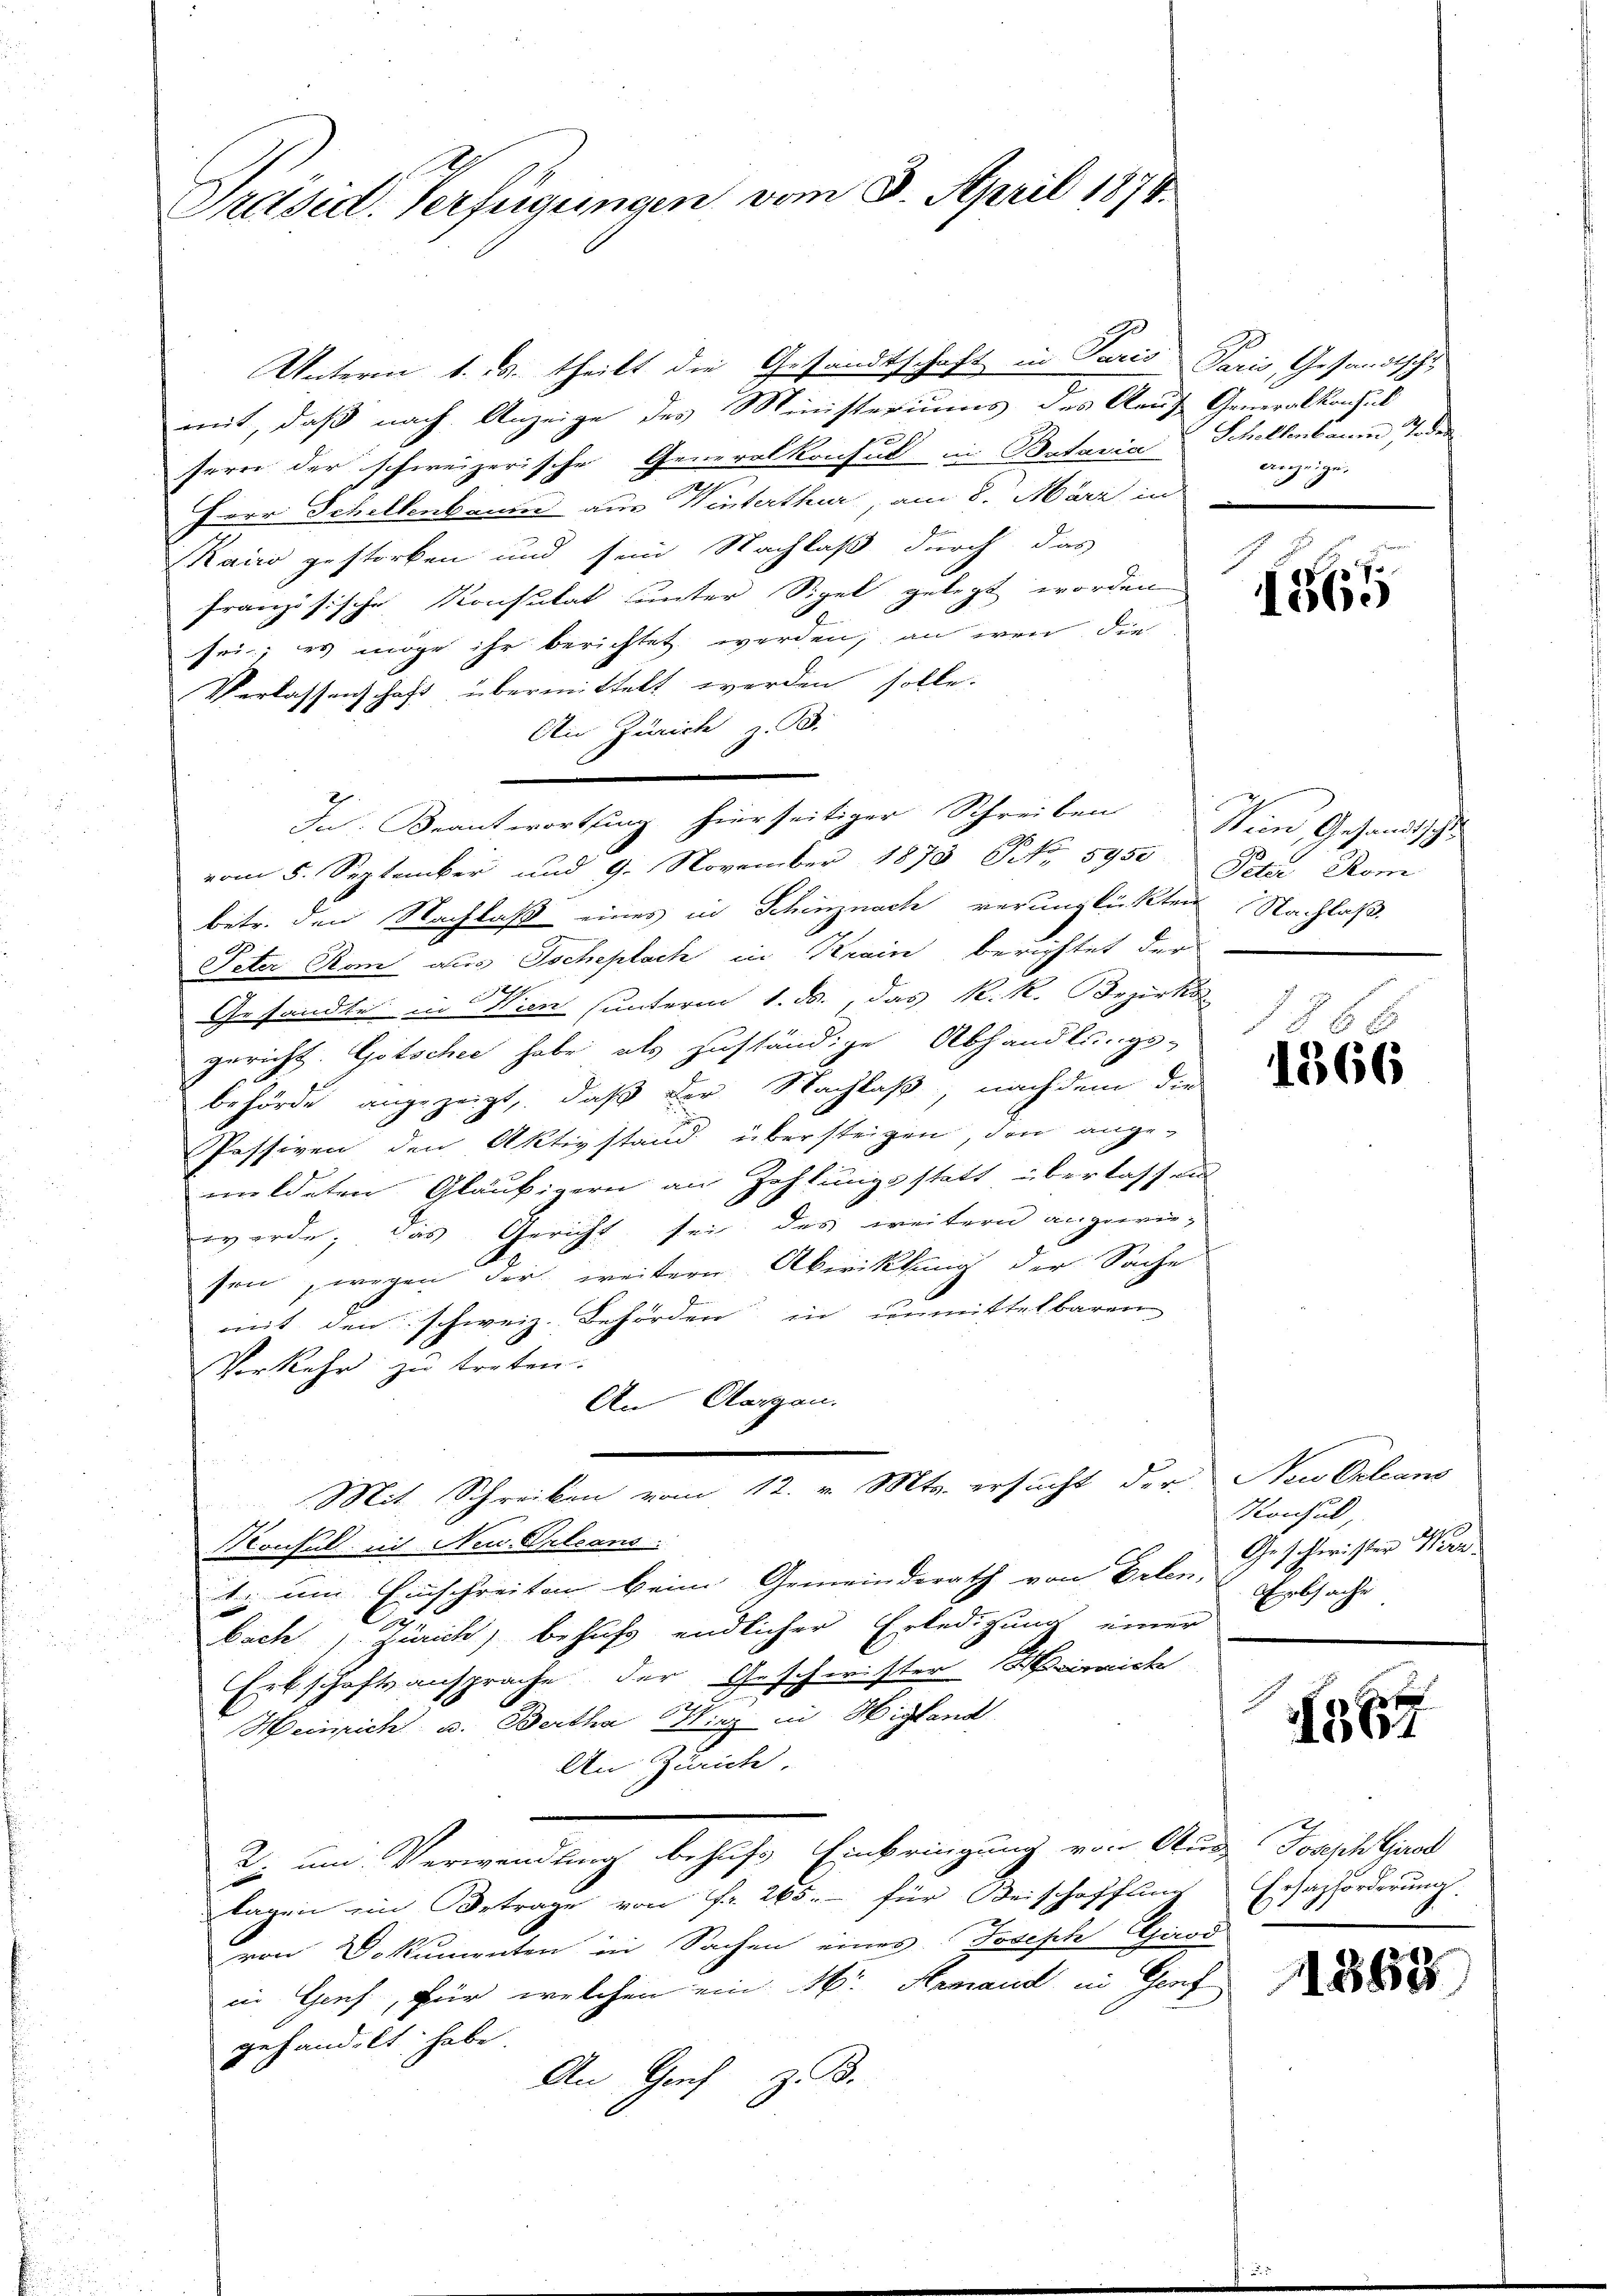
Präsid. Verfügungen vom 8. April 1878.

Unterm 1. ds. theilt die Gesandtschaft in Paris Paris, Gesandtschu
mit, daß nach Anzeige des Ministeriums des Aauf Generalkonsul
sere der schweizerische Generalkonsul in Batavia Scholtenbaum Todes
Herr Schellenbaum aus Winterthur, am 8. März in
Kairo gestorben und sein Nachlaß durch das
französische Konsulat unter Sigel gelegt worden
sei; es möge ihr berichtet werden, an wen die
Verlassenschaft übermittelt worden solle.
An Zürich z. B.
vom 5. September und 9. November 1875 N. 5950 Paz Rom
betr. den Nachlaß eines in Schinznach verunglückten Nachlaß
Peter Rom aus Jocheplach in Krain berichtet der
Gesandte in Wien (unterm 1. ds., das R. R. Bezirks
gericht. Gotscher habe als zuständige Abhandlungs-
behörde angezeigt, daß der Nachlaß, nachdem die
Passiven den Aktivstand übersteigen, den ange-
mildeten Gläubigern an Zahlungsstatt überlassen
werde; das Gericht sei des weitern angewie-
sen, wegen der weitere Abwicklung der Sache
mit den schweiz. Behörden in unmittelbaren
Verkehr zu treten.
An Aargau.
Mit Schreiben vom 12. v. Mts. ersucht der Neu Orleans
Konsul mit Neu-Orleans
1. um Einschreiten beim Gemeinderath von Erlen,
e
bach Zürich, behufs endlicher Erledigung einer
Erbschaftsansprache der Geschwister rich
Heinrich u. Bertha Wirz in Higland
An Zürich
2. um Verwendung behufs Einbringung von Aus Joseph Grod
lagen im Betrage von Fr. 265.- für Beischaffung
von Dokumenten in Sachen eines Joseph Girod
in Genf, für welchen ein Hr. Hemand in Genf
gehandelt habe.
An Genf z. B.

In Beantwortung hierseitiger Schreiben Wien Gesandtschl

anzeigen.

165

1366

Konsul,
Geschwister Wider
Erbsache

1367

Arsazforderung.
6.

1363